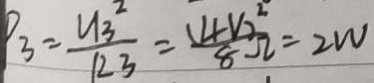
P _ { 3 } = \frac { U _ { 3 } ^ { 2 } } { 1 2 3 } = \frac { ( 4 V ) ^ { 2 } } { 8 \Omega } = 2 w